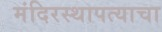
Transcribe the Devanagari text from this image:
मंदिरस्थापत्याचा